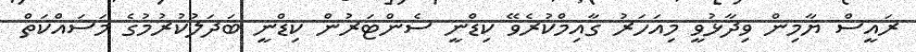
ރައީސް ޔާމިން ވިދާޅުވީ މިއަހަރު ގާއިމްކުރެވޭ ކިޑްނީ ސެންޓަރުން ކިޑްނީ ބަދަލުކުރުމުގެ މަސައްކަތް